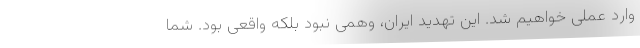
وارد عملی خواهیم شد. این تهدید ایران، وهمی نبود بلکه واقعی بود. شما